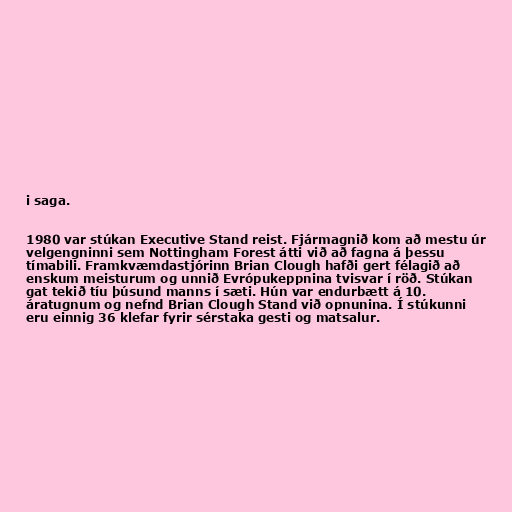
i saga.

1980 var stúkan Executive Stand reist. Fjármagnið kom að mestu úr
velgengninni sem Nottingham Forest átti við að fagna á þessu
tímabili. Framkvæmdastjórinn Brian Clough hafði gert félagið að
enskum meisturum og unnið Evrópukeppnina tvisvar í röð. Stúkan
gat tekið tíu þúsund manns í sæti. Hún var endurbætt á 10.
áratugnum og nefnd Brian Clough Stand við opnunina. Í stúkunni
eru einnig 36 klefar fyrir sérstaka gesti og matsalur.